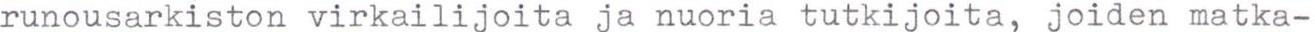
runousarkiston virkailijoita ja nuoria tutkijoita, joiden matka-